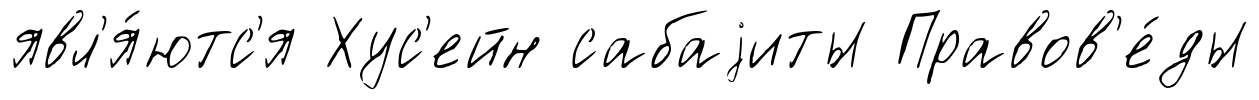
явл'я́ютс'я Хус'ейн сабаjиты Правов'е́ды